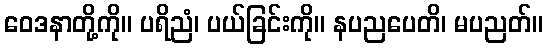
ဝေဒနာတို့ကို။ ပရိညံ၊ ပယ်ခြင်းကို။ နပညပေတိ၊ မပညတ်။